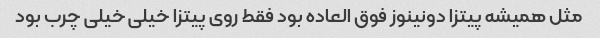
مثل همیشه پیتزا دونینوز فوق العاده بود فقط روی پیتزا خیلی خیلی چرب بود